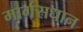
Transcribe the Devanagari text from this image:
मार्गसधान